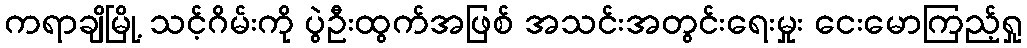
ကရာချိမြို့ သင့်ဂိမ်းကို ပွဲဦးထွက်အဖြစ် အသင်းအတွင်းရေးမှုး ငေးမောကြည့်ရှု